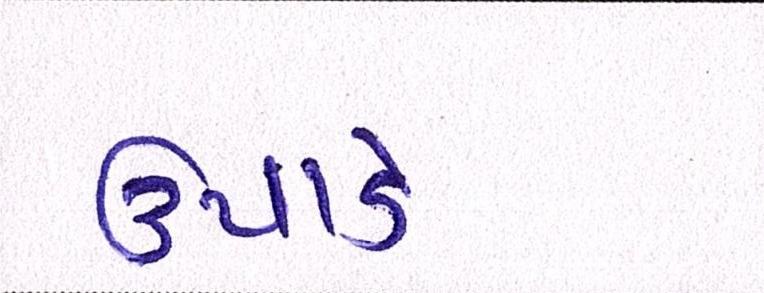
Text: ઉપાડે